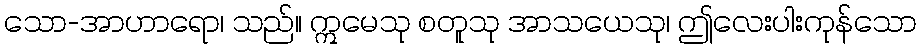
သော-အာဟာရော၊ သည်။ ဣမေသု စတူသု အာသယေသု၊ ဤလေးပါးကုန်သော